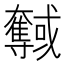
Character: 𡚞